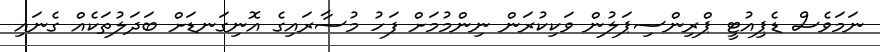
ނަމަވެސް ޑެޕިއުޓީ ޕްރިންސިޕަލުން ވަކިކުރަން ނިންމުމަށް ފަހު މުސާރައިގެ އޮނިގަނޑަށް ބަދަލުތަކެއް ގެނައި